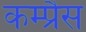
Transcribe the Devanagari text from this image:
कम्प्रैस